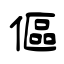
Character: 傴